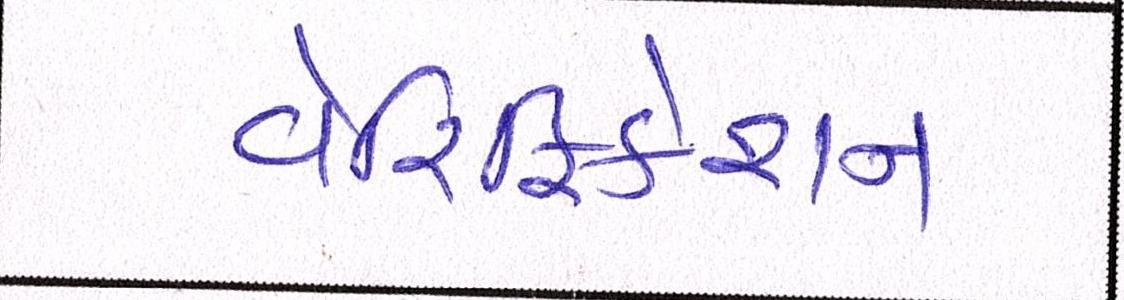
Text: વેરિફિકેશન